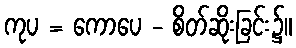
ကုပ = ကောပေ - စိတ်ဆိုးခြင်း၌။